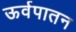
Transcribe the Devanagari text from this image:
ऊर्वपातन